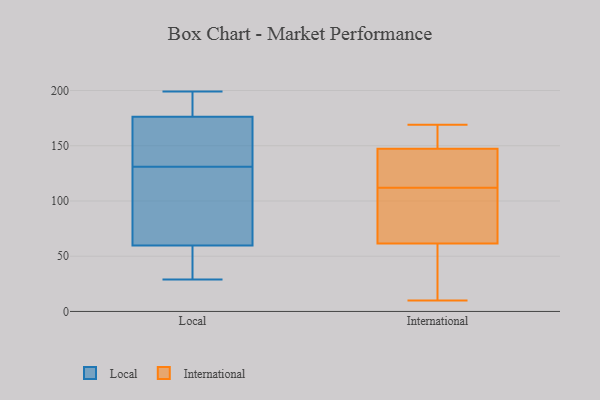
{"axis": {"x": "Headcount", "y": "Value"}, "legend": ["International", "Local"], "data": [{"x": "", "y": 153, "type": "Local"}, {"x": "", "y": 58, "type": "Local"}, {"x": "", "y": 171, "type": "Local"}, {"x": "", "y": 102, "type": "Local"}, {"x": "", "y": 84, "type": "Local"}, {"x": "", "y": 31, "type": "Local"}, {"x": "", "y": 156, "type": "Local"}, {"x": "", "y": 131, "type": "Local"}, {"x": "", "y": 199, "type": "Local"}, {"x": "", "y": 198, "type": "Local"}, {"x": "", "y": 30, "type": "Local"}, {"x": "", "y": 122, "type": "Local"}, {"x": "", "y": 178, "type": "Local"}, {"x": "", "y": 65, "type": "Local"}, {"x": "", "y": 145, "type": "Local"}, {"x": "", "y": 29, "type": "Local"}, {"x": "", "y": 180, "type": "Local"}, {"x": "", "y": 190, "type": "Local"}, {"x": "", "y": 45, "type": "Local"}, {"x": "", "y": 153, "type": "International"}, {"x": "", "y": 145, "type": "International"}, {"x": "", "y": 94, "type": "International"}, {"x": "", "y": 121, "type": "International"}, {"x": "", "y": 148, "type": "International"}, {"x": "", "y": 18, "type": "International"}, {"x": "", "y": 10, "type": "International"}, {"x": "", "y": 48, "type": "International"}, {"x": "", "y": 78, "type": "International"}, {"x": "", "y": 112, "type": "International"}, {"x": "", "y": 169, "type": "International"}, {"x": "", "y": 147, "type": "International"}, {"x": "", "y": 65, "type": "International"}, {"x": "", "y": 150, "type": "International"}, {"x": "", "y": 101, "type": "International"}, {"x": "", "y": 51, "type": "International"}, {"x": "", "y": 123, "type": "International"}]}